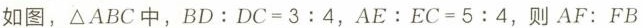
|如图，△ABC中，$$B D : D C = 3 : 4$$，$$A E : E C = 5 : 4$$，则$$A F : F B